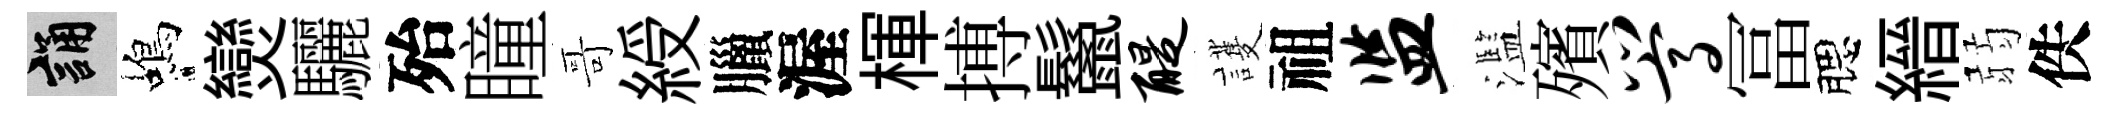
誦蝎𤓖驪殆瞳哥綬臘渥楎搏鬣醍護祖监濫殯嵩冨腮縉弱佚